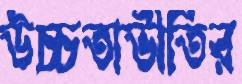
উচ্চতাভীতির